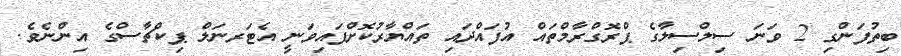
ބިތުފަންގި 2 ވަނަ ސިލްސިލާގެ ޕްރޮގްރާމްތައް އުފައްދައި ތައްޔާރުކޮށްފައިވަނީ އެޓަރނަލް ޕިކްޗާސްގެ އިންނެވެ.